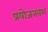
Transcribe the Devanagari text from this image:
प्रयोजनवश